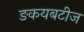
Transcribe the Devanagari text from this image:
ङकयबटीज